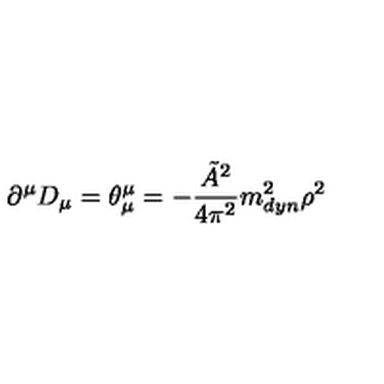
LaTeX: \partial ^ { \mu } D _ { \mu } = \theta _ { \mu } ^ { \mu } = - \frac { \tilde { A } ^ { 2 } } { 4 \pi ^ { 2 } } m _ { d y n } ^ { 2 } \rho ^ { 2 }